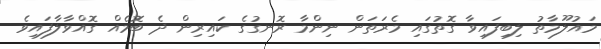
މައުލޫމާތު ލިބިފައިވާ ގޮތުގައި މެރަތަން ނިންމާ ރޮނގުގެ ކައިރިން ދެ ބޮމެއް ގޮއްވާލާފައިވެ